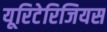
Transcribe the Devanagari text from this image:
यूरिटेरिजियस